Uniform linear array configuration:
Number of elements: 48
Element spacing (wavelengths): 1
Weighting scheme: hann
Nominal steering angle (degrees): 15
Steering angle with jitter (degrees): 16.691
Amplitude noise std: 0.05
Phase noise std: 0.05

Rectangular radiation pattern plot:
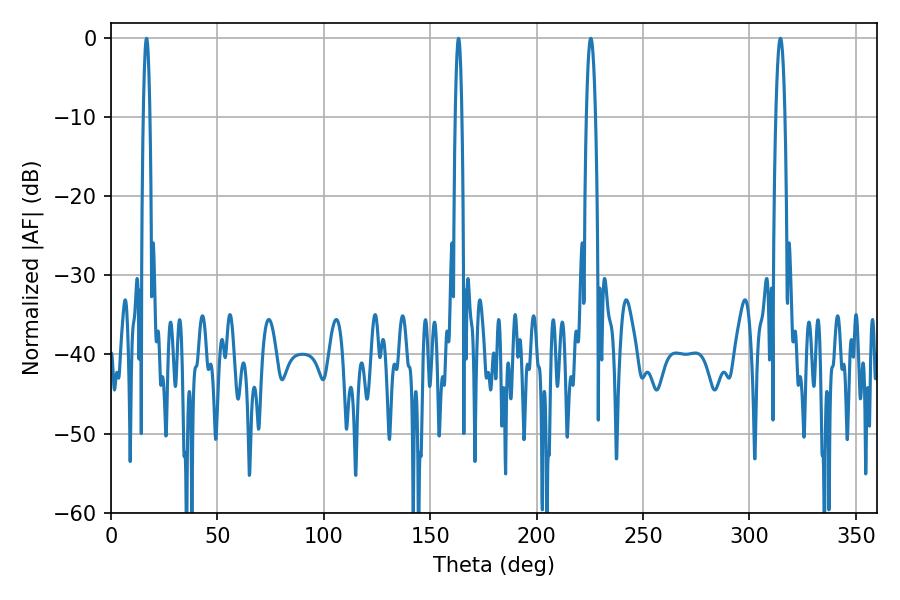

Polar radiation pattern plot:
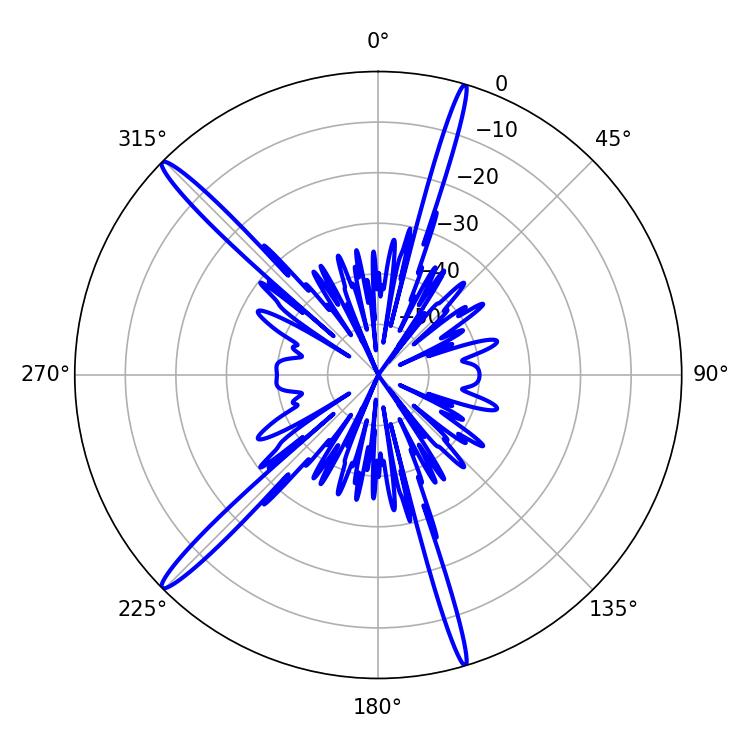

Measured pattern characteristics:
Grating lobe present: TRUE
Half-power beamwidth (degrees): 1.62
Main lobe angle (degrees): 16.74